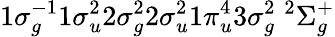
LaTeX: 1\sigma_{g}^{-1}1\sigma_{u}^{2}2\sigma_{g}^{2}2\sigma_{u}^{2}1\pi_{u}^{4}3\sigma_{g}^{2}\; ^{2}\Sigma_{g}^{+}